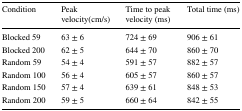
| Condition | Peak velocity(cm/s) | Time to peak velocity (ms) | Total time (ms) |
 | --- | --- | --- | --- |
 | Blocked 59 | 63 ± 6 | 724 ± 69 | 906 ± 61 |
 | Blocked 200 | 62 ± 5 | 644 ± 70 | 860 ± 70 |
 | Random 59 | 54 ± 4 | 591 ± 57 | 882 ± 57 |
 | Random 100 | 56 ± 4 | 605 ± 57 | 860 ± 57 |
 | Random 150 | 57 ± 4 | 639 ± 61 | 848 ± 53 |
 | Random 200 | 59 ± 5 | 660 ± 64 | 842 ± 55 |